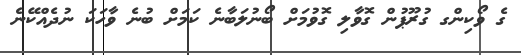
ގެ ވޯކިންގ ގުރޫޕުން ގޮވާލި ގޮވުމަށް ބޯނުލަބާނެ ކަމަށް ބުނެ ވާހަކަ ނުދެއްކޭނެ